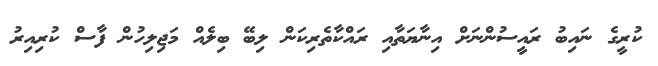
ކުރީގެ ނައިބު ރައީސުންނަށް އިނާޔަތާއި ރައްކާތެރިކަން ލިބޭ ބިލެއް މަޖިލިހުން ފާސް ކުރިއިރު